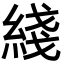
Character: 綫